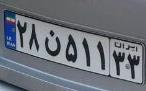
۲۸ن۵۱۱۳۳